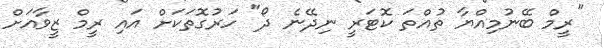
"ރީމް ބޭނުމިއްޔާ ތުއްތަ ކޮޓަރީ ނިދޭނެ ދޯ" ހަރުގޮތަކަށް އައި ރީމް ޒީވާއަށް